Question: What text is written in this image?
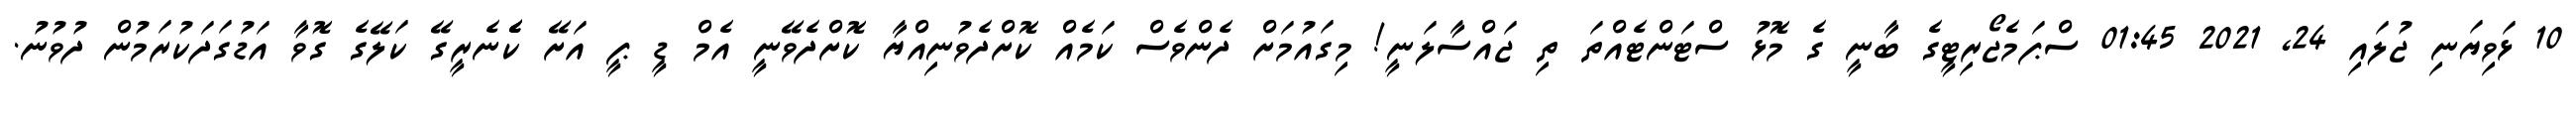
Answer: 10 ޅަވިޔަނި ޖުލައި 24, 2021 01:45 ސްޕަމެޖޯރިޓީގެ ބާނީ ގެ މޮޅު ސްޓަންޓެއްތަ ތި ޖައްސާލަނީ! މިގައުމަށް ދެންވެސް ކަމެއް ކޮށްދެވުނިއްޔާ ކޮށްދެވޭނީ އެމް ޑީ ޕީ އަށޭ ކެެެނެރީގޭ ކަލޭގެ ގޮވާ އަޑުގަދަކުރަމުން ދުވުނު.